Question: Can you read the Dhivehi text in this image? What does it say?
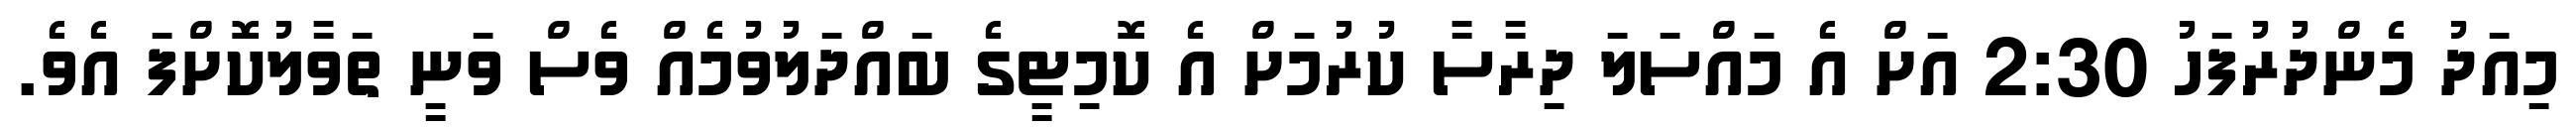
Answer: މިއަދު މެންދުރުފަހު 2:30 އަށް އެ މައްސަލަ ދިރާސާ ކުރުމަށް އެ ކޮމިޓީގެ ބައްދަލުވުމެއް ވެސް ވަނީ ތަވާލުކޮށްފަ އެވެ.